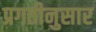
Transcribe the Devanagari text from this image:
प्रगतीनुसार